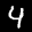
Label: 4